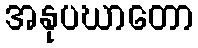
အနုပဃာတော